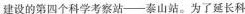
建设的第四个科学考察站—泰山站。为了延长科